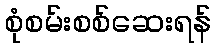
စုံစမ်းစစ်ဆေးရန်